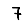
Digit: 7